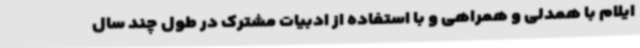
ایلام با همدلی و همراهی و با استفاده از ادبیات مشترک در طول چند سال